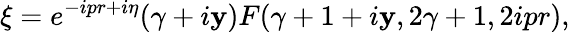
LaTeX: \xi=e^{-ipr+i\eta}(\gamma+i\mathbf{y})F(\gamma+1+i\mathbf{y},2\gamma+1,2ipr),